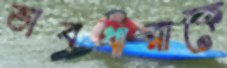
ভাবধারাকে